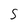
Character: 5